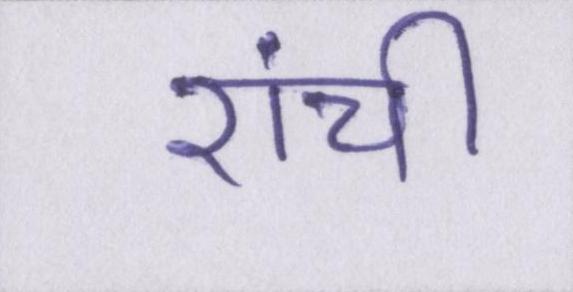
रांची